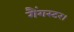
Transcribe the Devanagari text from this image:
गैंगस्टर।